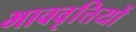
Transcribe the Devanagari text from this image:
भाववृत्तियों